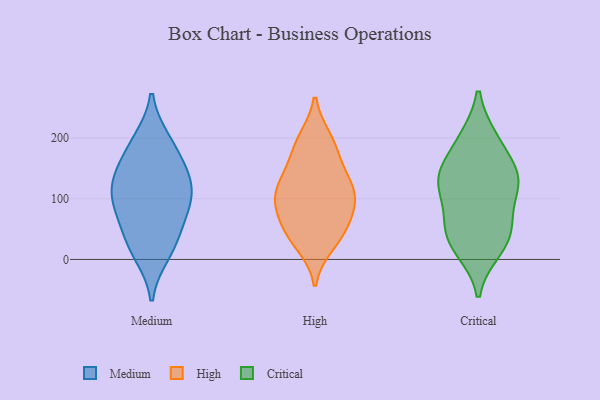
{"axis": {"x": "Bounce Rate (%)", "y": "Value"}, "legend": ["Critical", "High", "Medium"], "data": [{"x": "", "y": 148, "type": "Medium"}, {"x": "", "y": 77, "type": "Medium"}, {"x": "", "y": 85, "type": "Medium"}, {"x": "", "y": 195, "type": "Medium"}, {"x": "", "y": 23, "type": "Medium"}, {"x": "", "y": 188, "type": "Medium"}, {"x": "", "y": 100, "type": "Medium"}, {"x": "", "y": 10, "type": "Medium"}, {"x": "", "y": 144, "type": "Medium"}, {"x": "", "y": 115, "type": "Medium"}, {"x": "", "y": 123, "type": "Medium"}, {"x": "", "y": 42, "type": "Medium"}, {"x": "", "y": 35, "type": "High"}, {"x": "", "y": 174, "type": "High"}, {"x": "", "y": 79, "type": "High"}, {"x": "", "y": 45, "type": "High"}, {"x": "", "y": 121, "type": "High"}, {"x": "", "y": 195, "type": "High"}, {"x": "", "y": 198, "type": "High"}, {"x": "", "y": 25, "type": "High"}, {"x": "", "y": 99, "type": "High"}, {"x": "", "y": 123, "type": "High"}, {"x": "", "y": 122, "type": "High"}, {"x": "", "y": 87, "type": "High"}, {"x": "", "y": 149, "type": "High"}, {"x": "", "y": 96, "type": "High"}, {"x": "", "y": 55, "type": "High"}, {"x": "", "y": 36, "type": "Critical"}, {"x": "", "y": 65, "type": "Critical"}, {"x": "", "y": 196, "type": "Critical"}, {"x": "", "y": 18, "type": "Critical"}, {"x": "", "y": 64, "type": "Critical"}, {"x": "", "y": 124, "type": "Critical"}, {"x": "", "y": 131, "type": "Critical"}, {"x": "", "y": 30, "type": "Critical"}, {"x": "", "y": 197, "type": "Critical"}, {"x": "", "y": 140, "type": "Critical"}, {"x": "", "y": 132, "type": "Critical"}, {"x": "", "y": 131, "type": "Critical"}]}